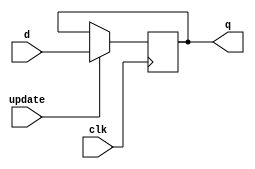
module flopr(clk, update, d, q);
	parameter width = 32;
	
	input clk;
	input update;
	input [width - 1:0] d;
	output reg [width - 1:0] q;
	
	always@(negedge clk)
		begin
		q <= (update == 1) ? d : q;
		end
endmodule